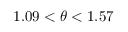
1 . 0 9 < \theta < 1 . 5 7